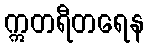
ဣတရီတရေန